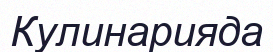
Кулинарияда